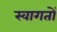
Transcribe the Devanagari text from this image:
स्वागतों